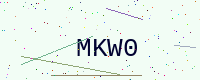
Text: MKW0